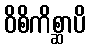
ဝိစိကိစ္ဆာပိ